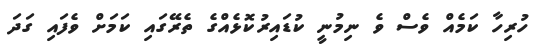
ހުރިހާ ކަމެއް ވެސް ވެ ނިމުނީ ކުޑައިރުކޮޅެއްގެ ތެރޭގައި ކަމަށް ވެފައި ގަދަ